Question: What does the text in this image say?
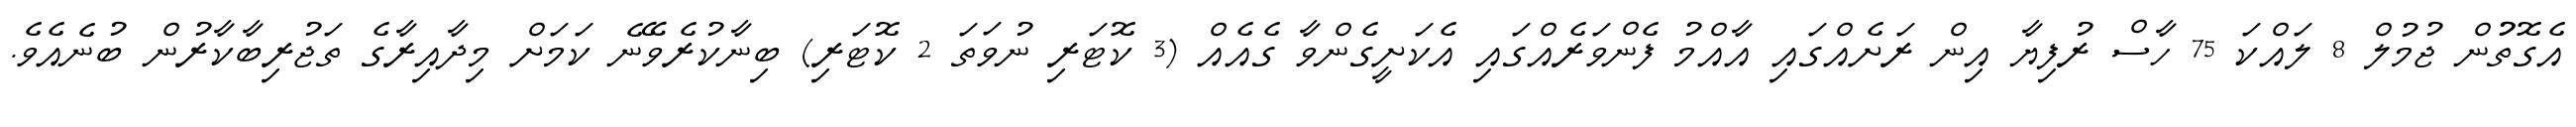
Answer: އެގޮތުުން ޖުމުލް 8 ލައްކަ 75 ހާސް ރުފިޔާ އިން ރަށެއްގައި އާއްމު ފެންވަރެއްގައި އެކަށީގެންވާ ގެއެއް (3 ކޮޓަރި ނުވަތަ 2 ކޮޓަރި) ބިނާކުރެވޭނެ ކަމަށް މިދާއިރާގެ ތަޖުރިބާކާރުން ބުނެއެވެ.